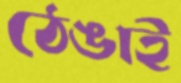
ঠেঙাই